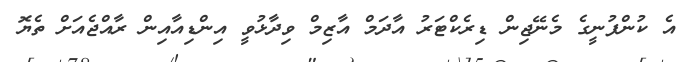
އެ ކުންފުނީގެ މެނޭޖިން ޑިރެކްޓަރު އާދަމް އާޒިމް ވިދާޅުވީ އިންޑިއާއިން ރާއްޖެއަށް ތެޔޮ